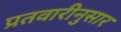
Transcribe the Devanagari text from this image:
प्रतवारीनुसार